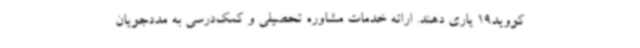
کووید19 یاری دهند. ارائه خدمات مشاوره تحصیلی و کمک‌درسی به مددجویان